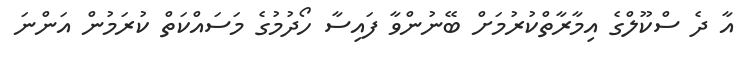
އާ ދެ ސްކޫލްގެ އިމާރާތްކުރުމަށް ބޭނުންވާ ފައިސާ ހޯދުމުގެ މަސައްކަތް ކުރަމުން އަންނަ